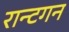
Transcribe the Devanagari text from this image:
रान्टगन